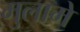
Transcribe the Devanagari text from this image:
मुलामे